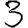
Digit: 3